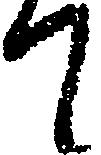
て